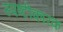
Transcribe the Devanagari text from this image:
स्पष्टीकारक